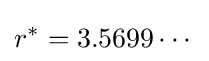
r^{*}=3.5699\cdots